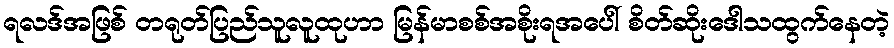
ရလဒ်အဖြစ် တရုတ်ပြည်သူလူထုဟာ မြန်မာစစ်အစိုးရအပေါ် စိတ်ဆိုးဒေါသထွက်နေတဲ့